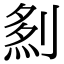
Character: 𠞎